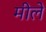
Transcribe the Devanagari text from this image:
मीले